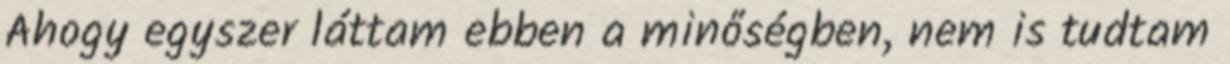
Ahogy egyszer láttam ebben a minőségben, nem is tudtam